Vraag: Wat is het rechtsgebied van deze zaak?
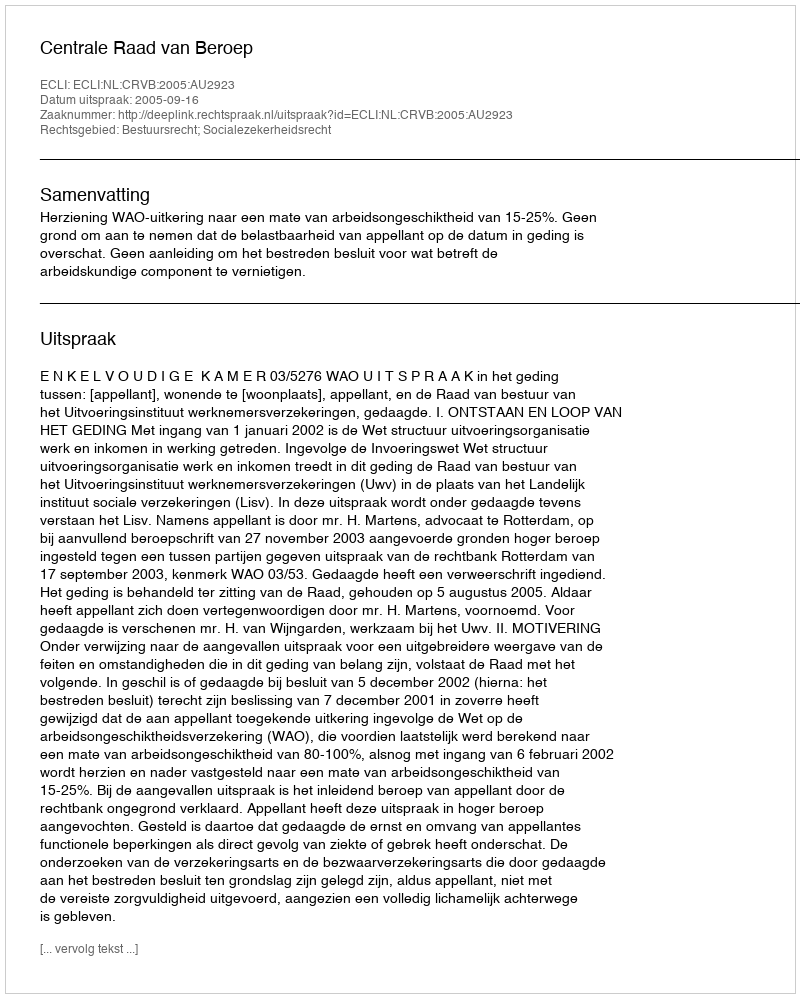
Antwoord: Bestuursrecht; Socialezekerheidsrecht